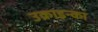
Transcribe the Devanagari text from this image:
उक्राइन्का